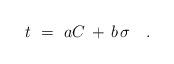
LaTeX: \begin{align*}t~=~aC \, + \, b\;\!\sigma~~~. \end{align*}